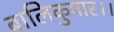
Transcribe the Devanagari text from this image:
बालिकुमार।।